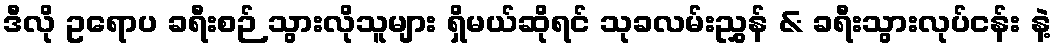
ဒီလို ဥရောပ ခရီးစဉ် သွားလိုသူများ ရှိမယ်ဆိုရင် သုခလမ်းညွှန် & ခရီးသွားလုပ်ငန်း နဲ့